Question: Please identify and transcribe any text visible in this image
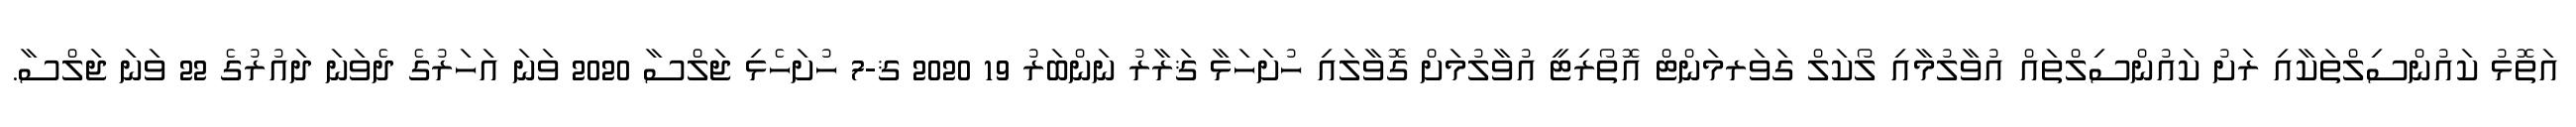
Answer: އަތޮޅު ކައުންސިލްތަކާއި ރަށު ކައުންސިލްތައް އުވާލުމާއި ލޯކަލް ގަވަރމަންޓް އޮތޯރިޓީ އުވާލުމަށް ގޮވާލައި ހުށަހަޅާ ޤަރާރު ނަންބަރު 19 2020 ޤ-7 ހުށަހެޅި ޖަލްސާ 2020 ވަނަ އަހަރުގެ ދެވަނަ ދައުރުގެ 22 ވަނަ ޖަލްސާ.